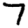
Digit: 7